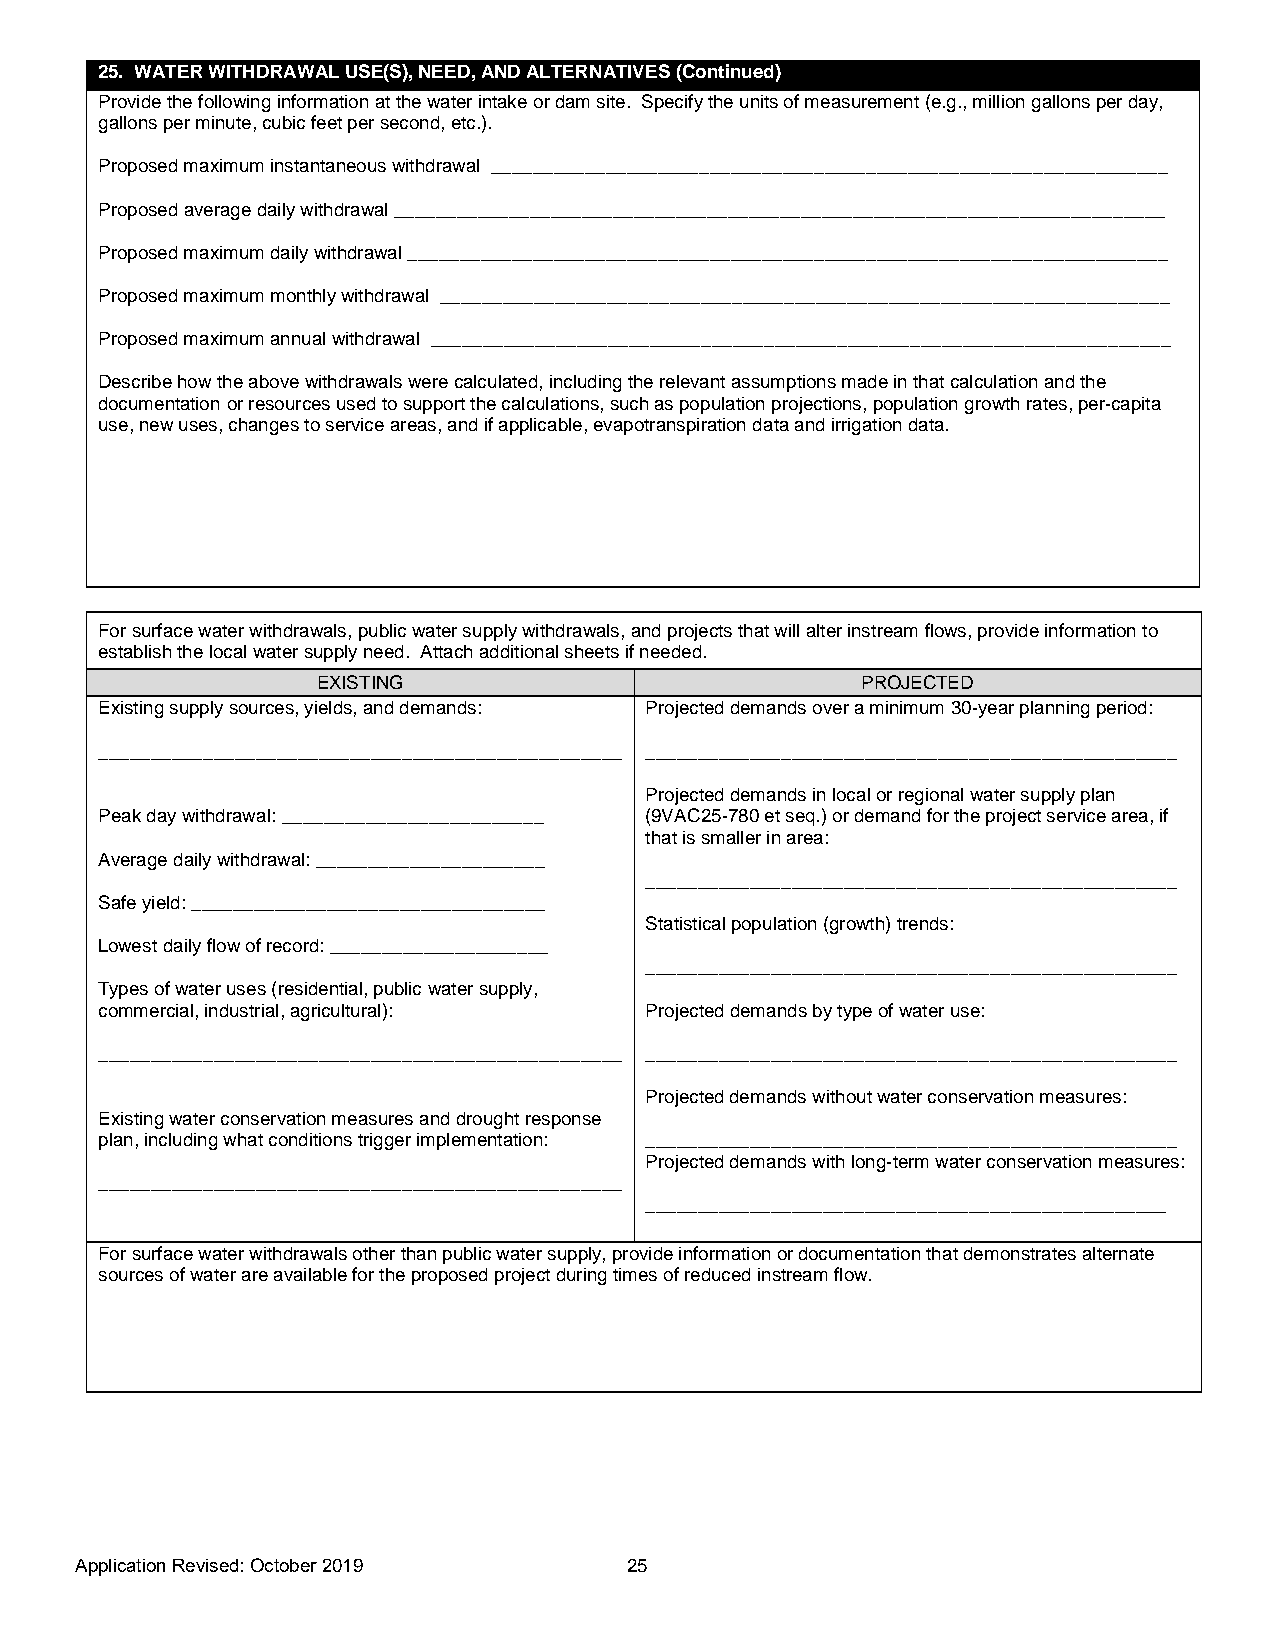
25. WATER WITHDRAWAL USE(S), NEED, AND ALTERNATIVES (Continued)
 Provide the following information at the water intake or dam site. Specify the units of measurement (e.g., million gallons per day,
 gallons per minute, cubic feet per second, etc.).
 Proposed maximum instantaneous withdrawal _________________________________________________________________
 Proposed average daily withdrawal __________________________________________________________________________
 Proposed maximum daily withdrawal _________________________________________________________________________
 Proposed maximum monthly withdrawal ______________________________________________________________________
 Proposed maximum annual withdrawal _______________________________________________________________________
 Describe how the above withdrawals were calculated, including the relevant assumptions made in that calculation and the
 documentation or resources used to support the calculations, such as population projections, population growth rates, per-capita
 use, new uses, changes to service areas, and if applicable, evapotranspiration data and irrigation data.
 For surface water withdrawals, public water supply withdrawals, and projects that will alter instream flows, provide information to
 establish the local water supply need. Attach additional sheets if needed.
 EXISTING                            PROJECTED
 Existing supply sources, yields, and demands: Projected demands over a minimum 30-year planning period:
 __________________________________________________ ___________________________________________________
 Projected demands in local or regional water supply plan
 Peak day withdrawal: _________________________ (9VAC25-780 et seq.) or demand for the project service area, if
 that is smaller in area:
 Average daily withdrawal: ______________________
 ___________________________________________________
 Safe yield: __________________________________
 Statistical population (growth) trends:
 Lowest daily flow of record: _____________________
 ___________________________________________________
 Types of water uses (residential, public water supply,
 commercial, industrial, agricultural): Projected demands by type of water use:
 __________________________________________________ ___________________________________________________
 Projected demands without water conservation measures:
 Existing water conservation measures and drought response
 plan, including what conditions trigger implementation: ___________________________________________________
 Projected demands with long-term water conservation measures:
 __________________________________________________
 __________________________________________________
 For surface water withdrawals other than public water supply, provide information or documentation that demonstrates alternate
 sources of water are available for the proposed project during times of reduced instream flow.
 Application Revised: October 20 19   25